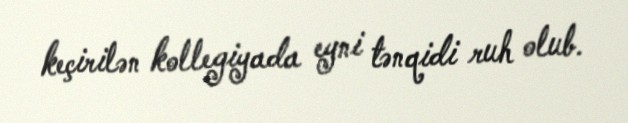
keçirilən kollegiyada eyni tənqidi ruh olub.